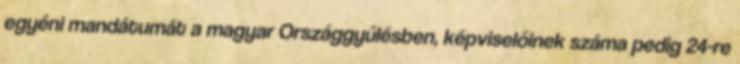
egyéni mandátumát a magyar Országgyűlésben, képviselőinek száma pedig 24-re